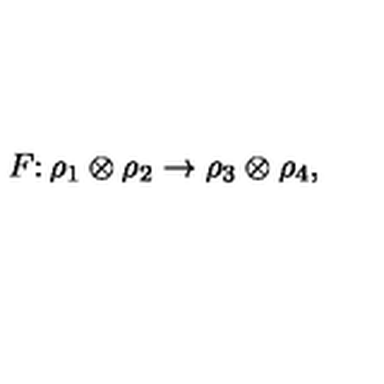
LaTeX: F \colon \rho _ { 1 } \otimes \rho _ { 2 } \to \rho _ { 3 } \otimes \rho _ { 4 } ,